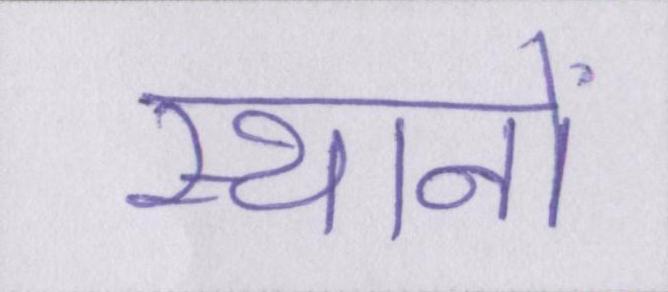
स्थानों